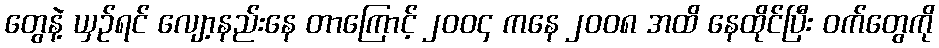
တွေနဲ့ ယှဉ်ရင် လျော့နည်းနေ တာကြောင့် ၂၀၀၄ ကနေ ၂၀၀၈ အထိ နေထိုင်ပြီး ဝက်တွေကို